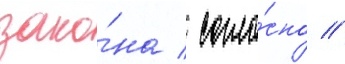
зако́на / согла́сно //